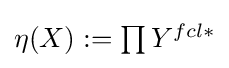
{\textstyle \eta (X):=\prod Y^{fcl\ast }}